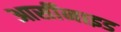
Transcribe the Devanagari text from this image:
आर्सीनाइड